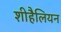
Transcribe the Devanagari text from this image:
शीहैलियन